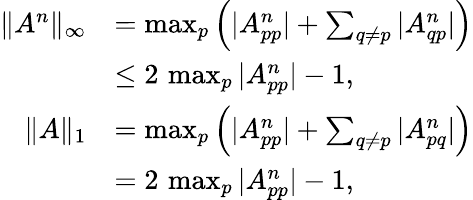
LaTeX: \begin{array}{rl}{\| A^{n}\| _{\infty}}&{=\operatorname*{max}_{p}\left(|A_{pp}^{n}|+\sum_{q\neq p}|A_{qp}^{n}|\right)}\\ &{\leq 2\, \operatorname*{max}_{p}|A_{pp}^{n}|-1,}\\ {\| A\| _{1}}&{=\operatorname*{max}_{p}\left(|A_{pp}^{n}|+\sum_{q\neq p}|A_{pq}^{n}|\right)}\\ &{=2\, \operatorname*{max}_{p}|A_{pp}^{n}|-1,}\end{array}